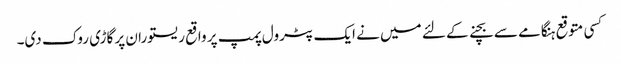
کسی متوقع ہنگامے سے بچنے کے لئے میں نے ایک پٹرول پمپ پر واقع ریستوران پر گاڑی روک دی۔